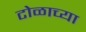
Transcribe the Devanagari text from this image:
टोळाच्या